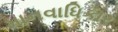
માનવાધિકાર